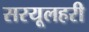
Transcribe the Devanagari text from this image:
सरयूलहरी